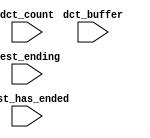
module tracking_camera_system_nios2_qsys_0_oci_test_bench (
                                                            // inputs:
                                                             dct_buffer,
                                                             dct_count,
                                                             test_ending,
                                                             test_has_ended
                                                          )
;

  input   [ 29: 0] dct_buffer;
  input   [  3: 0] dct_count;
  input            test_ending;
  input            test_has_ended;


endmodule